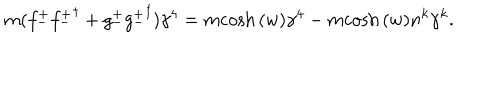
LaTeX: m ( { f _ { - } ^ { + } } { { f _ { - } ^ { + } } } ^ { \dagger } + { g _ { - } ^ { + } } { { g _ { - } ^ { + } } } ^ { \dagger } ) \gamma ^ { 4 } = m { \cosh { ( w ) } } \gamma ^ { 4 } - m { \cosh { ( w ) } } n ^ { k } \gamma ^ { k } .